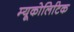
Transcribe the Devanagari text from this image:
म्यूकोलिटिक